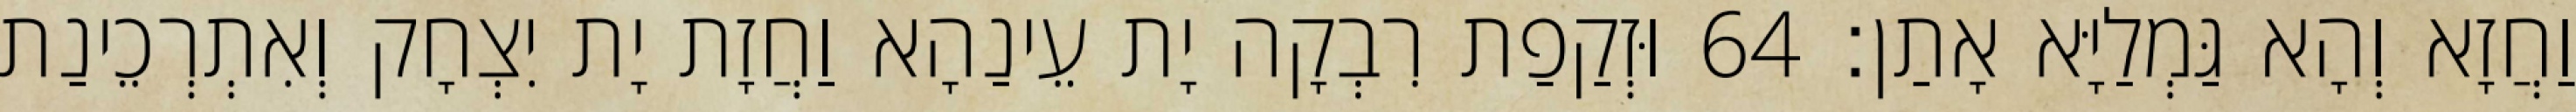
וַחֲזָא וְהָא גַּמְלַיָּא אָתַן׃ 64 וּזְקַפַת רִבְקָה יָת עֵינַהָא וַחֲזָת יָת יִצְחָק וְאִתְרְכֵינַת